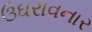
ઉઘરાવનાર